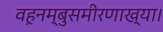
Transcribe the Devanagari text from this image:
वह़नम्‍बुसमीरणाख्‍या।